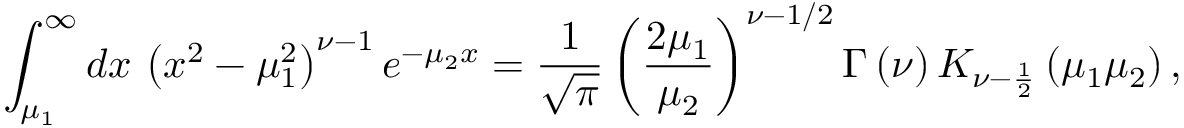
\int _ { \mu _ { 1 } } ^ { \infty } d x \, \left( x ^ { 2 } - \mu _ { 1 } ^ { 2 } \right) ^ { \nu - 1 } e ^ { - \mu _ { 2 } x } = \frac { 1 } { \sqrt { \pi } } \left( \frac { 2 \mu _ { 1 } } { \mu _ { 2 } } \right) ^ { \nu - 1 / 2 } \Gamma \left( \nu \right) K _ { \nu - \frac { 1 } { 2 } } \left( \mu _ { 1 } \mu _ { 2 } \right) ,